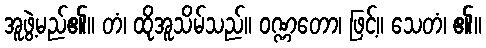
အူဖွဲ့မည်၏။ တံ၊ ထိုအူသိမ်သည်။ ဝဏ္ဏတော၊ ဖြင့်။ သေတံ၊ ၏။